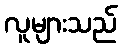
လူများသည်